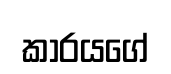
කාරයගේ